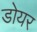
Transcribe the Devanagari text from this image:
डोयर